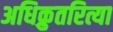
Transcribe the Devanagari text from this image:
अधिक्रुतरित्या